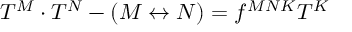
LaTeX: T ^ { M } \cdot T ^ { N } - ( M \leftrightarrow N ) = f ^ { M N K } T ^ { K }